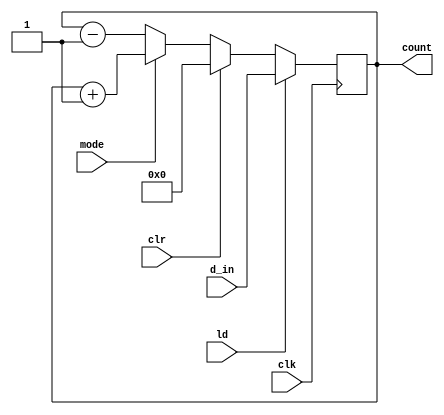
// Synchronous Up/Down counter */
//----------------------------------
// Type : module
// Contact : mathewtg.mec@gmail.com
//------------------
//------------------
// Notes :- Procedural Model

module counter_updownsync_proc (mode,clr,ld,d_in,clk,count);
input mode,clr,ld,clk;
input [7:0]d_in;
output reg [0:7]count;

always @(posedge clk)
 if (ld) count <= d_in;
 else if (clr) count <= 0;
 else if (mode)	 count <= count + 1;
 else count <= count - 1;

endmodule